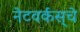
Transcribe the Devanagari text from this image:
नेटवर्कस्‌चे